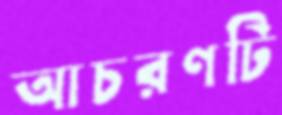
আচরণটি